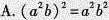
A. $$(a^{2}b)^{2}=a^{2}b^{2}$$